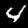
Digit: 4